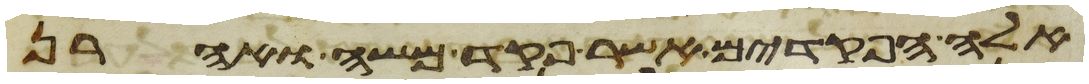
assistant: אלה הפקדים אשר פקד משה ואהרן